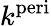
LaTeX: k^{\mathrm{{peri}}}